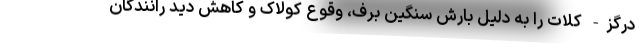
درگز- کلات را به دلیل بارش سنگین برف، وقوع کولاک و کاهش دید رانندگان